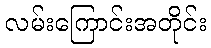
လမ်းကြောင်းအတိုင်း